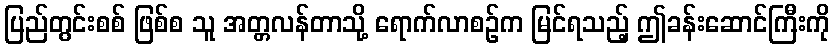
ပြည်တွင်းစစ် ဖြစ်စ သူ အတ္တလန်တာသို့ ရောက်လာစဉ်က မြင်ရသည့် ဤခန်းဆောင်ကြီးကို